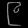
Digit: ၉